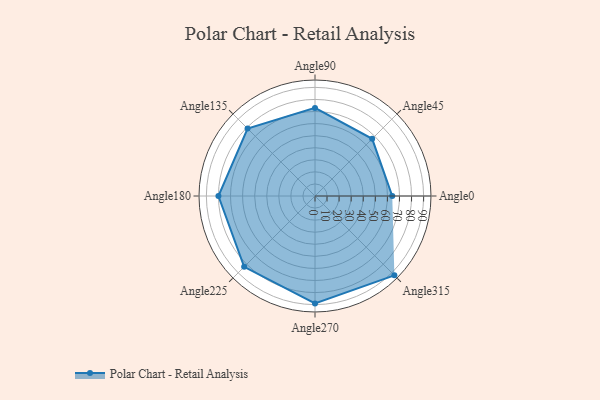
{"axis": {"x": "Angle", "y": "Radius"}, "legend": [""], "data": [{"x": "Angle0", "y": 64.0, "type": ""}, {"x": "Angle45", "y": 67.0, "type": ""}, {"x": "Angle90", "y": 73.0, "type": ""}, {"x": "Angle135", "y": 79.0, "type": ""}, {"x": "Angle180", "y": 80.0, "type": ""}, {"x": "Angle225", "y": 83.0, "type": ""}, {"x": "Angle270", "y": 89.0, "type": ""}, {"x": "Angle315", "y": 93.0, "type": ""}]}